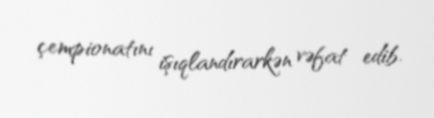
çempionatını işıqlandırarkən vəfat edib.